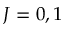
J = 0 , 1